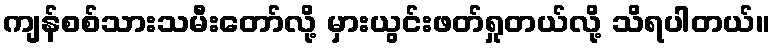
ကျန်စစ်သားသမီးတော်လို့ မှားယွင်းဖတ်ရှုတယ်လို့ သိရပါတယ်။